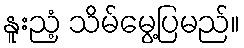
နူးညံ့ သိမ်မွေ့ပြမည်။